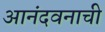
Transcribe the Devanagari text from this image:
आनंदवनाची